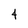
Character: 4